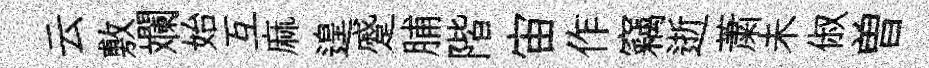
云敷斕始互麻遑蹙脯階宙作竊逝䔥未俶曽